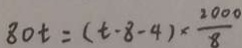
8 0 t = ( t - 8 - 4 ) \times \frac { 2 0 0 0 } { 8 }